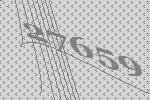
27659